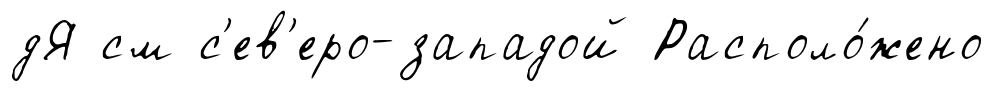
дЯ см с'ев'еро-западой Располо́жено